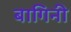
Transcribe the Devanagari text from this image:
बागिनी